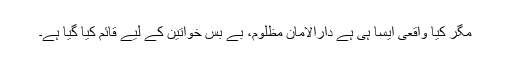
مگر کیا واقعی ایسا ہی ہے دارالامان مظلوم، بے بس خواتین کے لیے قائم کیا گیا ہے۔